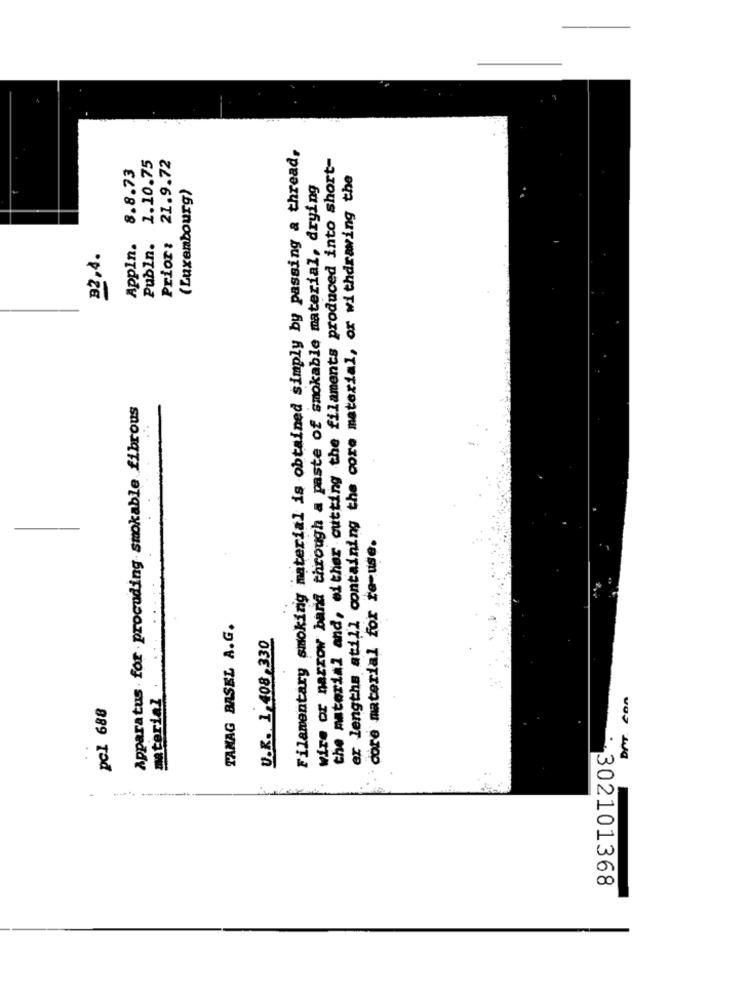
Filamentary smoking material is obtained simply by passing a thread,
1.10.75
21.9.72
the material and, either cutting the filaments produced into short-
8.8.73
wire or narrow band through a paste of smokable material, drying
er lengths atill containing the core material, or withdrawing the
(Luxembourg)
Appln.
Publn.
Prior:
32,4.
Apparatus for .procoding smokable fibrous
core material for re-use.
TANAG BASEL A.G.
U.R. 1,408, 330
material
DAT. con
pcl 688
+302101368